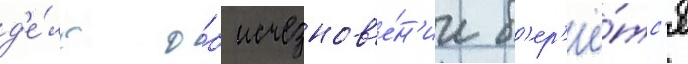
д'е́ло о́б исчезнов'е́н'ии б'ер'ё́тс'я